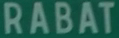
RABAT